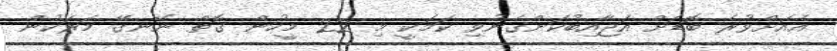
އެއަށްވުރެ ބޮޑަށް އަޖާއިބުކަންގެނުވި ކަމަކީ މި 22 މީހުން ގޮތް ނޭނގޭ މަރަކުން